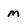
Character: M